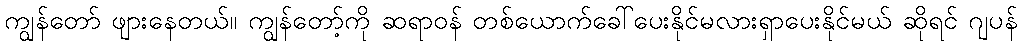
ကျွန်တော် ဖျားနေတယ်။ ကျွန်တော့်ကို ဆရာဝန် တစ်ယောက်ခေါ်ပေးနိုင်မလားရှာပေးနိုင်မယ် ဆိုရင် ဂျပန်